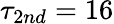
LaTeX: \tau_{2nd}=16